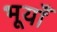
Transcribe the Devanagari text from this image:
भूयाँ